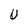
Character: U